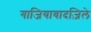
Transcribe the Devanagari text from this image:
गाजियाबादज़िले